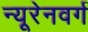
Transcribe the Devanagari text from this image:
न्यूरेनवर्ग